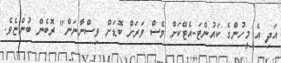
އަދި އެ މީހުންގެ ކައުންޓަ-އެޓޭކަށް ވެސް ވަރަށް ބޮޑަށް ވިސްނާނަން" ރޮބެން ބުންޏެވެ.